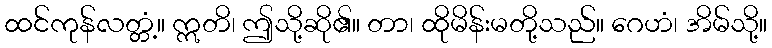
ထင်ကုန်လတ္တံ့။ ဣတိ၊ ဤသို့ဆို၏။ တာ၊ ထိုမိန်းမတို့သည်။ ဂေဟံ၊ အိမ်သို့။